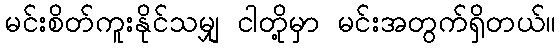
မင်းစိတ်ကူးနိုင်သမျှ ငါတို့မှာ မင်းအတွက်ရှိတယ်။